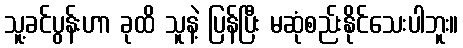
သူ့ခင်ပွန်းဟာ ခုထိ သူနဲ့ ပြန်ပြီး မဆုံစည်းနိုင်သေးပါဘူး။